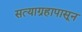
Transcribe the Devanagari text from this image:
सत्याग्रहापासून